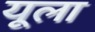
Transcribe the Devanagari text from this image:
यूला